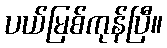
ပယ်မြစ်ကုန်ပြီ။